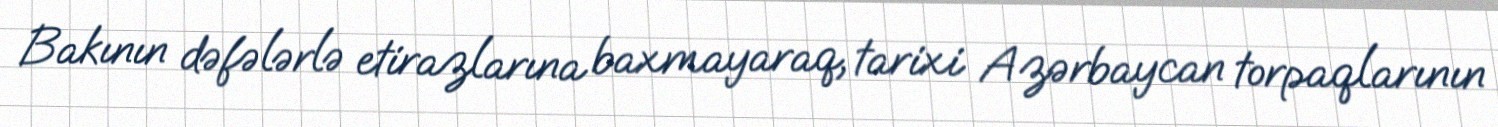
Bakının dəfələrlə etirazlarına baxmayaraq, tarixi Azərbaycan torpaqlarının